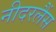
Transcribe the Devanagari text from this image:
नीदरलैंस